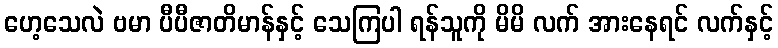
ဟေ့သေလဲ ဗမာ ပီပီဇာတိမာန်နှင့် သေကြပါ ရန်သူကို မိမိ လက် အားနေရင် လက်နှင့်